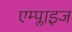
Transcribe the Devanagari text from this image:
एम्प्लाइज